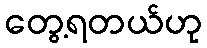
တွေ့ရတယ်ဟု